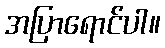
အပြာရောင်ပါ။